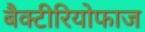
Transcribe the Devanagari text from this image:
बैक्टीरियोफाज